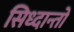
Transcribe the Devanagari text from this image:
सिध्दान्तों